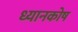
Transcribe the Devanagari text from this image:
ध्यानकोष